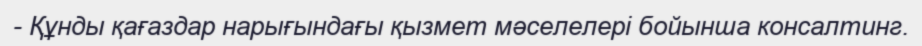
- Құнды қағаздар нарығындағы қызмет мәселелері бойынша консалтинг.